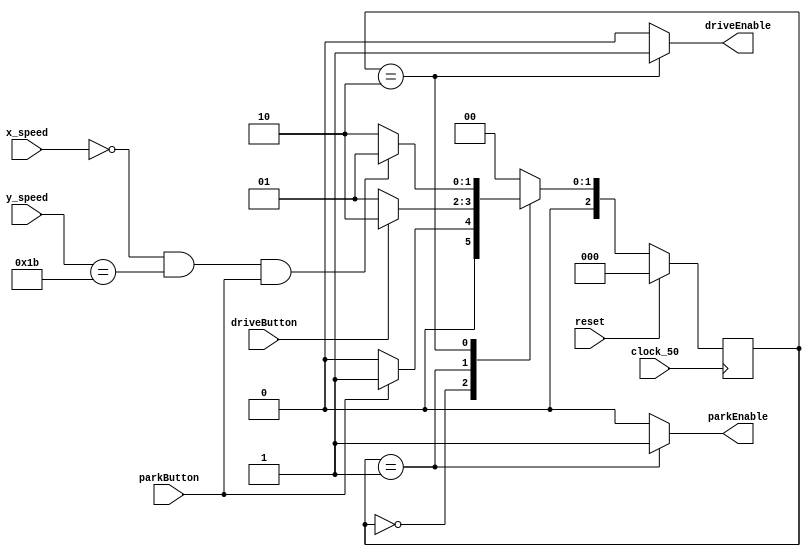
module BIGFSM(
	input reset,
	input driveButton,
	input parkButton,
	input [1:0] x_speed,
	input [6:0] y_speed,
	input clock_50,
	output reg parkEnable,
	output reg driveEnable
	);
	
		 
	reg [2:0] current_state, next_state;
					
	localparam S_OFF = 3'd0,
				  S_PARK= 3'd1,
				  S_DRIVE = 3'd2;
				  
		
		
	always@(*)
	begin: state_table
		case (current_state)
			S_OFF :next_state = parkButton? S_PARK : S_OFF;
			S_PARK : next_state = driveButton? S_DRIVE : S_PARK; 
			S_DRIVE: next_state = (x_speed == 0 && y_speed == 7'd27 && parkButton == 1)? S_PARK : S_DRIVE; 
																																																		
		default: next_state = S_OFF;
		
		endcase
	end //state_table
	
	
	
	always@(*) 
	begin: enable_signals
		
		parkEnable = 1'b0;
		driveEnable = 1'b0;
	//Data signals from control path to datapath 
	
	case (current_state)
	
	  S_OFF : begin
		 end
		 
	  S_PARK : begin
		 parkEnable = 1'b1;
	  	 end
	  
	  S_DRIVE : begin
		 driveEnable = 1'b1;
		 end
	  endcase
	end // enable_signals
	
	//curent_state registers
	always@(posedge clock_50)
	begin: state_FFS
		if(reset)
			current_state <= S_OFF;
		else current_state <= next_state;
	end //state_FFS
endmodule